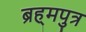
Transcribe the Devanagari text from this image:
ब्रह्‌मपुत्र